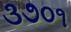
૩૭૦૧